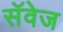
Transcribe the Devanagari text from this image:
सॅवेज